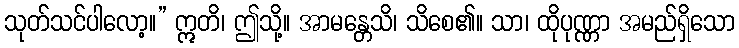
သုတ်သင်ပါလော့။” ဣတိ၊ ဤသို့။ အာမန္တေသိ၊ သိစေ၏။ သာ၊ ထိုပုဏ္ဏာ အမည်ရှိသော